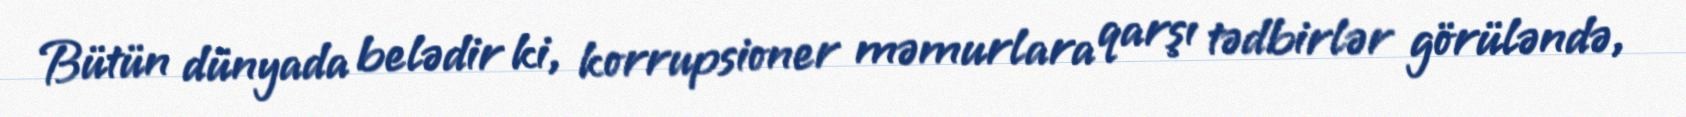
Bütün dünyada belədir ki, korrupsioner məmurlara qarşı tədbirlər görüləndə,